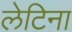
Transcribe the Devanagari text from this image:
लेटिना